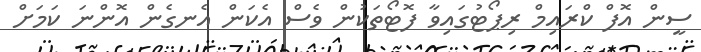
ސީން އޮފް ކްރައިމް ރިޕޯޓުގައިވާ ފޮޓޯތަކުން ވެސް އެކަން އެނގެން އޮންނަ ކަމަށް